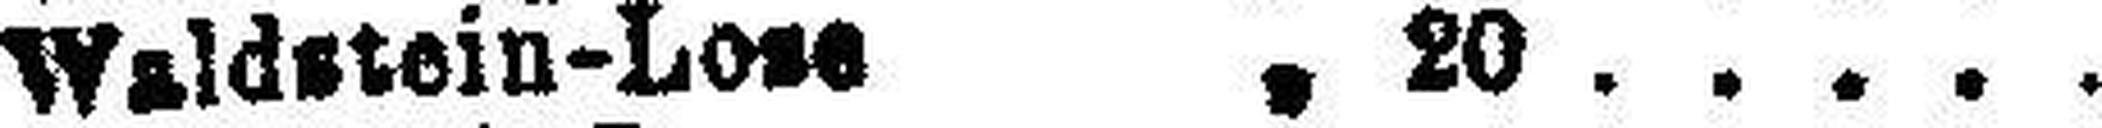
Waldstoin-Lose " 20